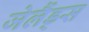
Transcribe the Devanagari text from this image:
जेलैंड्स